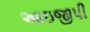
આઇજીપી